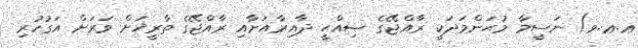
ޢ.ޢ.ވ) ނަސީމާ މުޙަންމަދަކީ ރާއްޖޭގެ ޞިއްޙީ ދާއިރާއަށާއި ރާއްޖޭގެ ތާރީޚަށް ވަރަށް އަގުހުރި